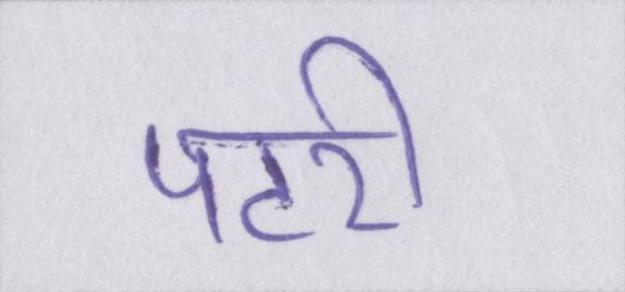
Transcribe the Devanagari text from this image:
पटरी